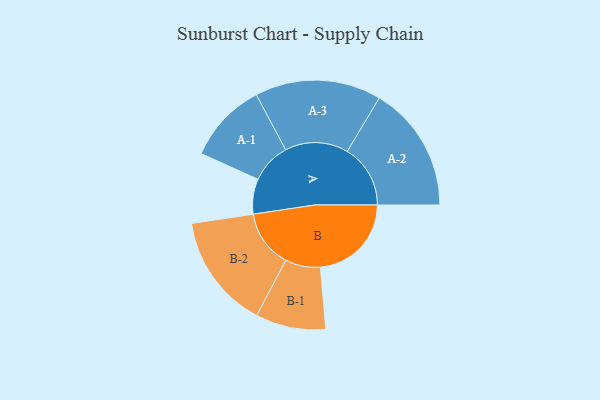
{"axis": {"x": "Segment", "y": "Value"}, "legend": ["", "A", "B"], "data": [{"x": "A", "y": 135, "type": ""}, {"x": "B", "y": 350, "type": ""}, {"x": "A-1", "y": 155, "type": "A"}, {"x": "A-2", "y": 243, "type": "A"}, {"x": "A-3", "y": 243, "type": "A"}, {"x": "B-1", "y": 135, "type": "B"}, {"x": "B-2", "y": 221, "type": "B"}]}